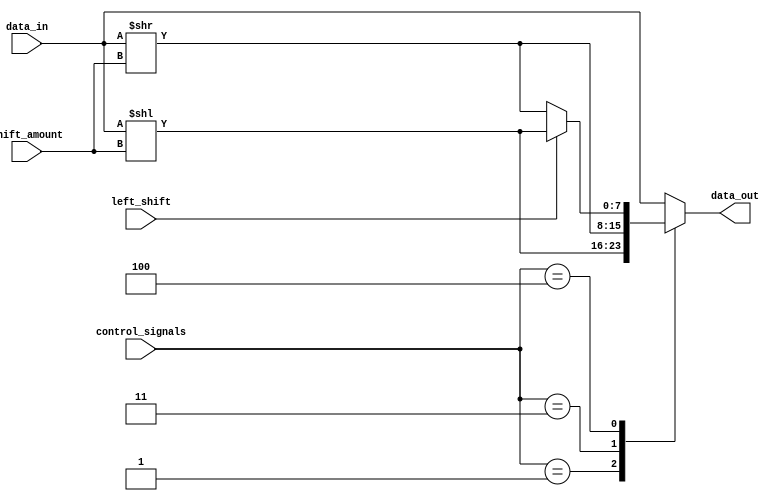
module sparse_barrel_shifter (
    input wire [7:0] data_in,
    input wire [3:0] shift_amount,
    input wire left_shift,
    input wire [3:0] control_signals,
    output reg [7:0] data_out
);

reg [7:0] temp;

always @(*) begin
    case(control_signals)
        4'b0000: temp = data_in;
        4'b0001: temp = data_in << shift_amount;
        4'b0010: temp = {data_in[7:4], data_in[3:0]};
        4'b0011: temp = data_in >> shift_amount;
        4'b0100: temp = (left_shift) ? data_in << shift_amount : data_in >> shift_amount;
        default: temp = data_in;
    endcase
end

assign data_out = temp;

endmodule